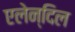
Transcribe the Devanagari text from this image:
एलेन्दिल